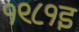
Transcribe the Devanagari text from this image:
१९८१इ